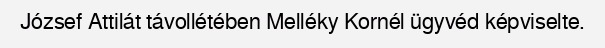
József Attilát távollétében Melléky Kornél ügyvéd képviselte.